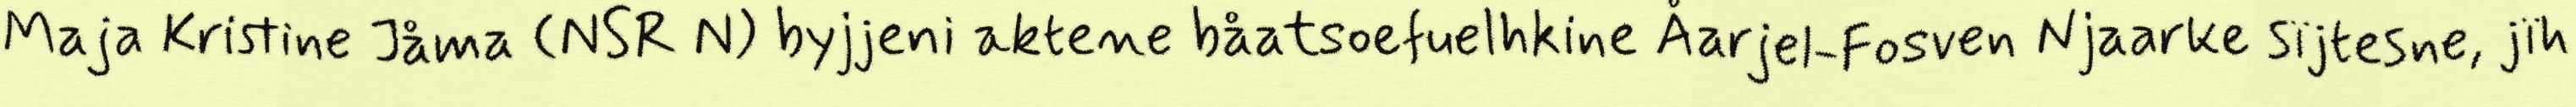
Maja Kristine Jåma (NSR N) byjjeni aktene båatsoefuelhkine Åarjel-Fosven Njaarke sïjtesne, jïh